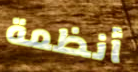
أنظمة